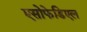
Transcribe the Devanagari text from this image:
एसोफेडिएल